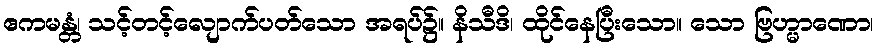
ဧကမန္တံ၊ သင့်တင့်လျောက်ပတ်သော အရပ်၌။ နိသီဒိ၊ ထိုင်နေပြီးသော။ သော ဗြဟ္မာဏော၊